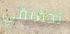
تحقيقي